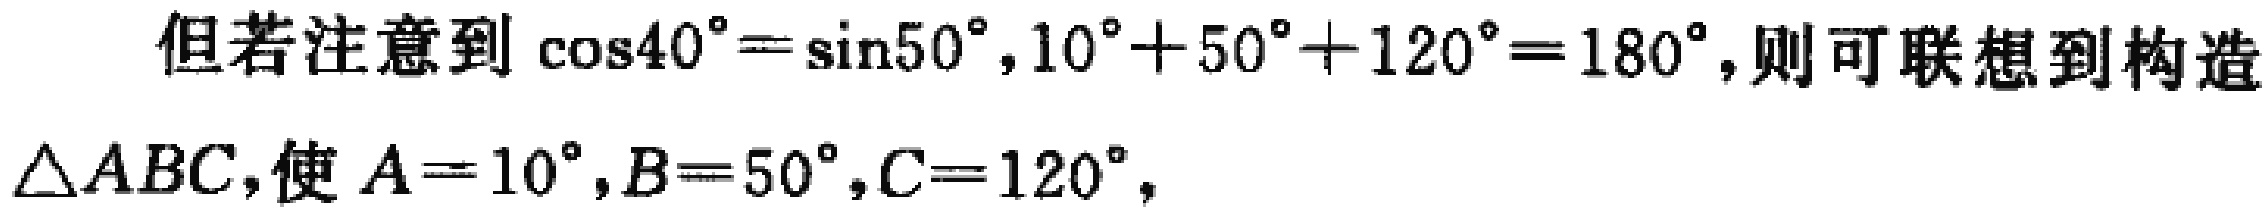
但若注意到\(\cos40^{\circ}=\sin50^{\circ},10^{\circ}+50^{\circ}+120^{\circ}=180^{\circ}\)，则可联想到构造\(\triangle ABC\)，使\(A = 10^{\circ},B = 50^{\circ},C = 120^{\circ}\)，